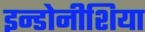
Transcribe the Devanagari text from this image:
इन्डोनीशिया